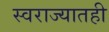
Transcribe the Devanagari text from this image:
स्वराज्यातही